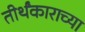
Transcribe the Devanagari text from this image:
तीर्थंकाराच्या